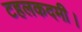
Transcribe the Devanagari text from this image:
टहलकदमी।